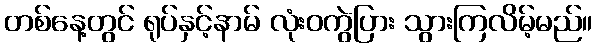
တစ်နေ့တွင် ရုပ်နှင့်နာမ် လုံးဝကွဲပြား သွားကြလိမ့်မည်။